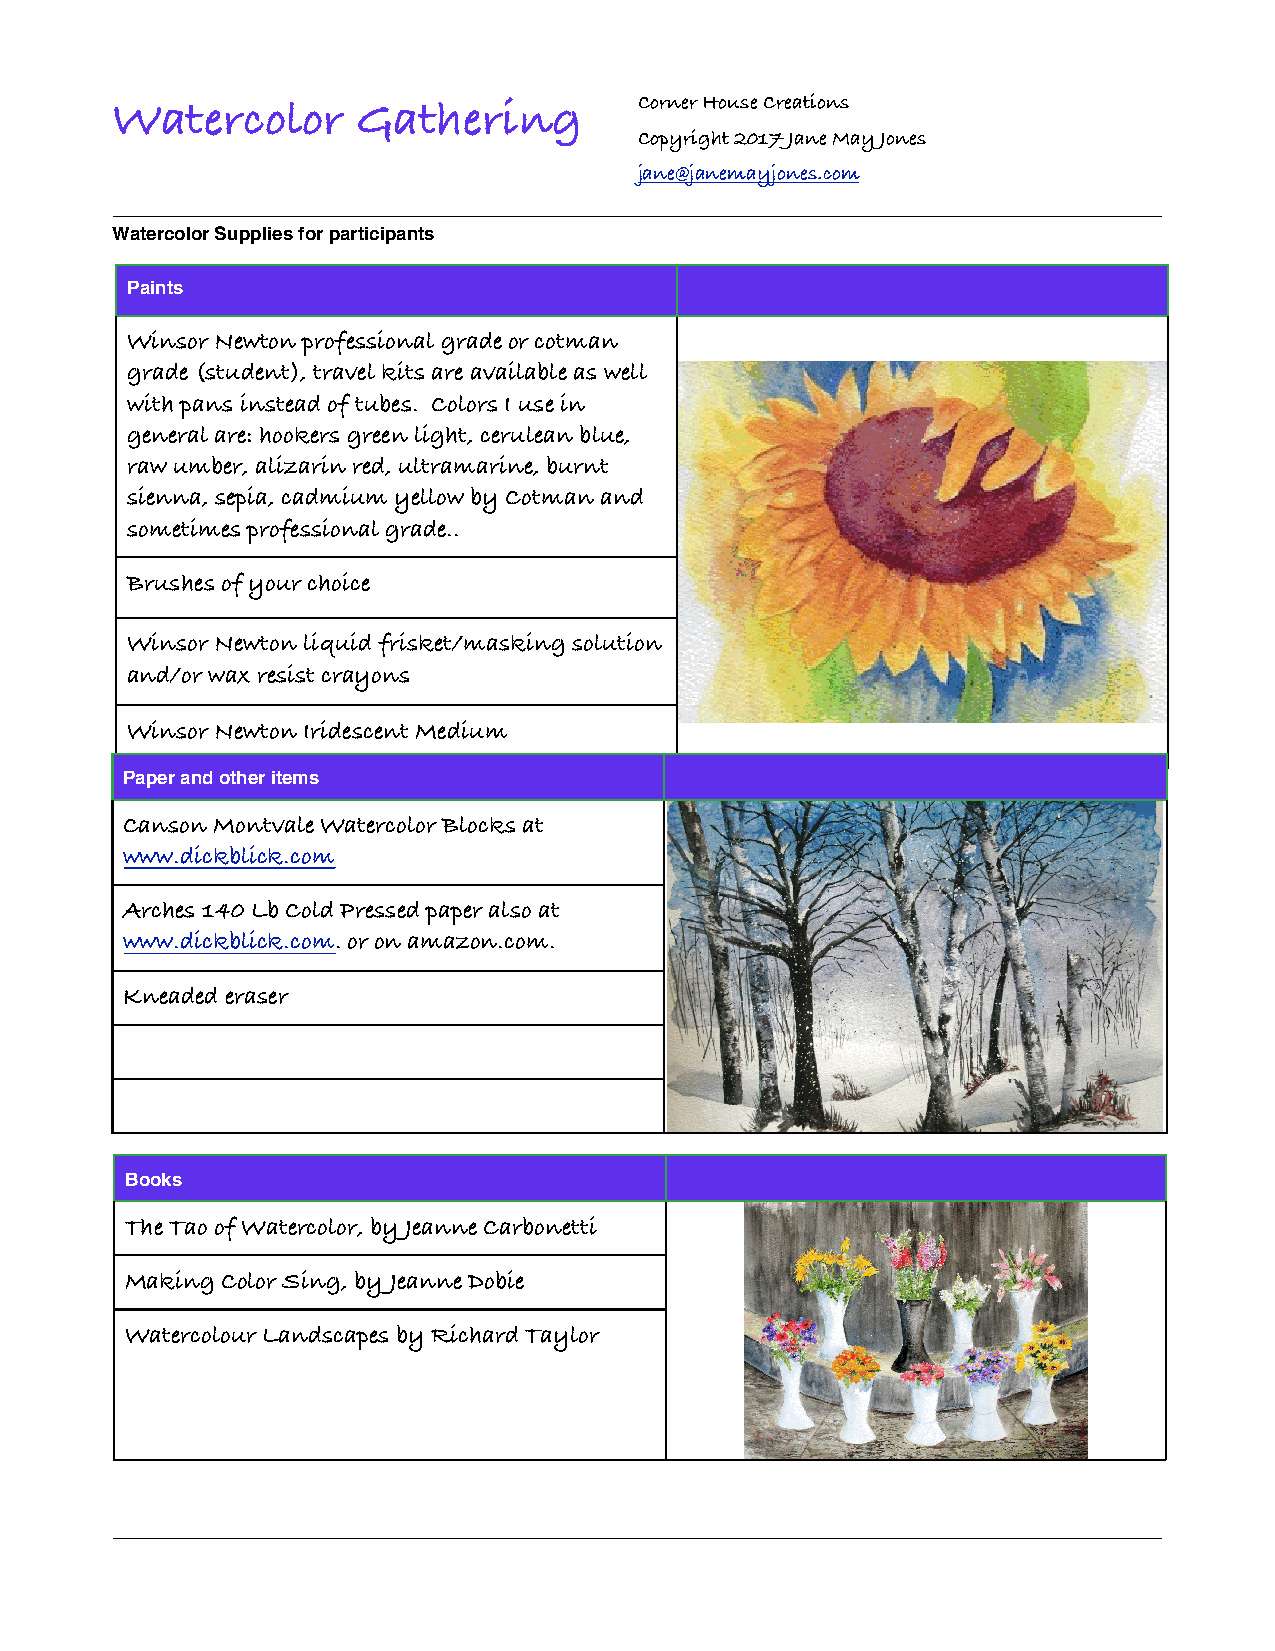
Corner House Creations
 Watercolor       Gathering
 Copyright 2017 Jane May Jones
 jane@janemayjones.com
 Watercolor Supplies for participants
 Paints
 Winsor Newton professional grade or cotman
 grade (student), travel kits are available as well
 with pans instead of tubes. Colors I use in
 general are: hookers green light, cerulean blue,
 raw umber, alizarin red, ultramarine, burnt
 sienna, sepia, cadmium yellow by Cotman and
 sometimes professional grade..
 Brushes of your choice
 Winsor Newton liquid frisket/masking solution
 and/or wax resist crayons
 Winsor Newton Iridescent Medium
 Paper and other items
 Canson Montvale Watercolor Blocks at
 www.dickblick.com
 Arches 140 Lb Cold Pressed paper also at
 www.dickblick.com. or on amazon.com.
 Kneaded eraser
 Books
 The Tao of Watercolor, by Jeanne Carbonetti
 Making Color Sing, by Jeanne Dobie
 Watercolour Landscapes by Richard Taylor